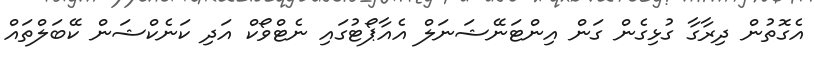
އެގޮތުން ދިރާގާ ގުޅިގެން ގަން އިންޓަނޭޝަނަލް އެއާޕޯޓުގައި ނެޓްވޯކް އަދި ކަނެކްޝަން ކޭބަލްތައް